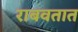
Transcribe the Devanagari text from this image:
राबवतात